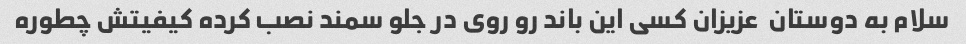
سلام به دوستان  عزیزان کسی این باند رو روی در جلو سمند نصب کرده کیفیتش چطوره